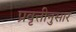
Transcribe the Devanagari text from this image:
प्रवृत्तीनुसार